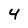
Character: 4